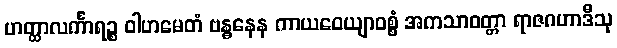
ဟတ္ထာလင်္ကာရဉ္စ ဝါဟမေတံ ဗန္ဓနေန ကာယဝေယျာဝစ္စံ အကသာဝတ္တာ ရာဇဂဟာဒီသု